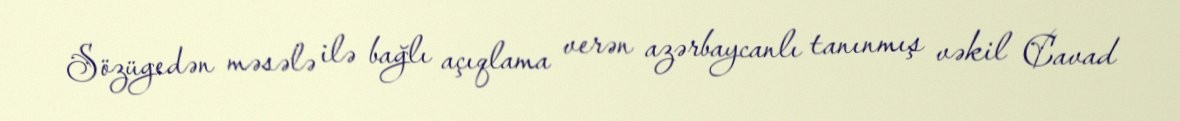
Sözügedən məsələ ilə bağlı açıqlama verən azərbaycanlı tanınmış vəkil Cavad